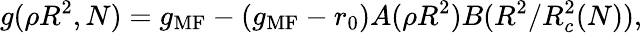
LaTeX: g(\rho R^{2},N)=g_{\mathrm{MF}}-(g_{\mathrm{MF}}-r_{0})A(\rho R^{2})B(R^{2}/R_{c}^{2}(N)),